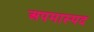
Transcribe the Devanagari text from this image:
अपमास्पद